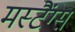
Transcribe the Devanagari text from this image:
मस्टैंग्स